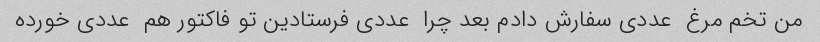
من تخم مرغ  عددی سفارش دادم بعد چرا  عددی فرستادین تو فاکتور هم  عددی خورده